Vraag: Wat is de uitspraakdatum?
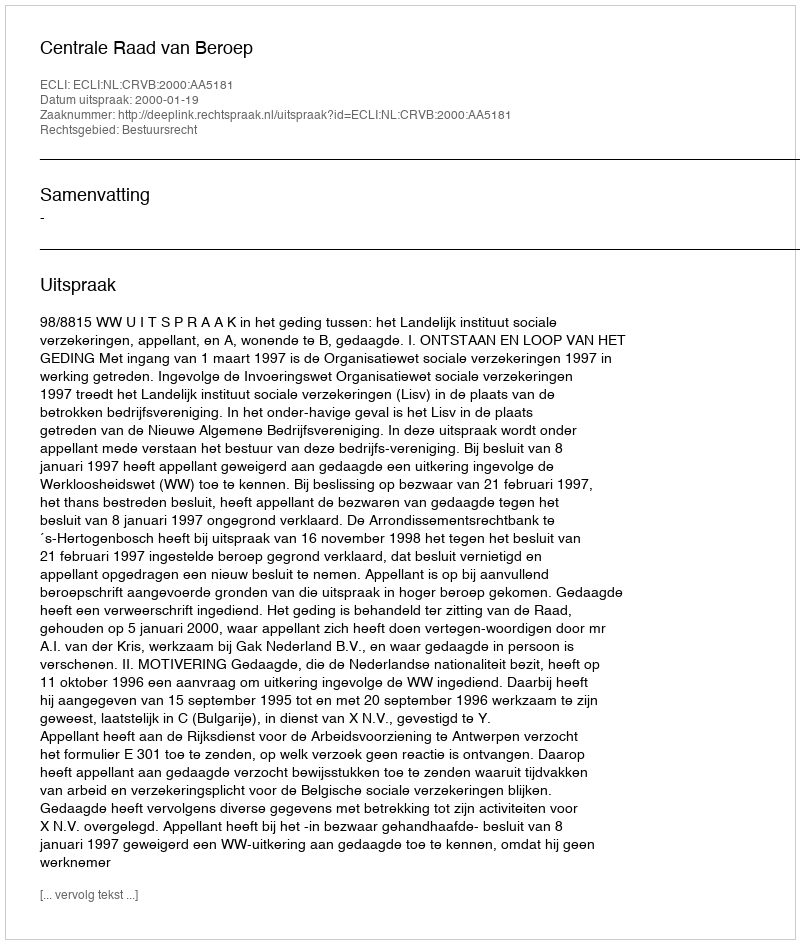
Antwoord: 2000-01-19